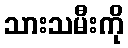
သားသမီးကို